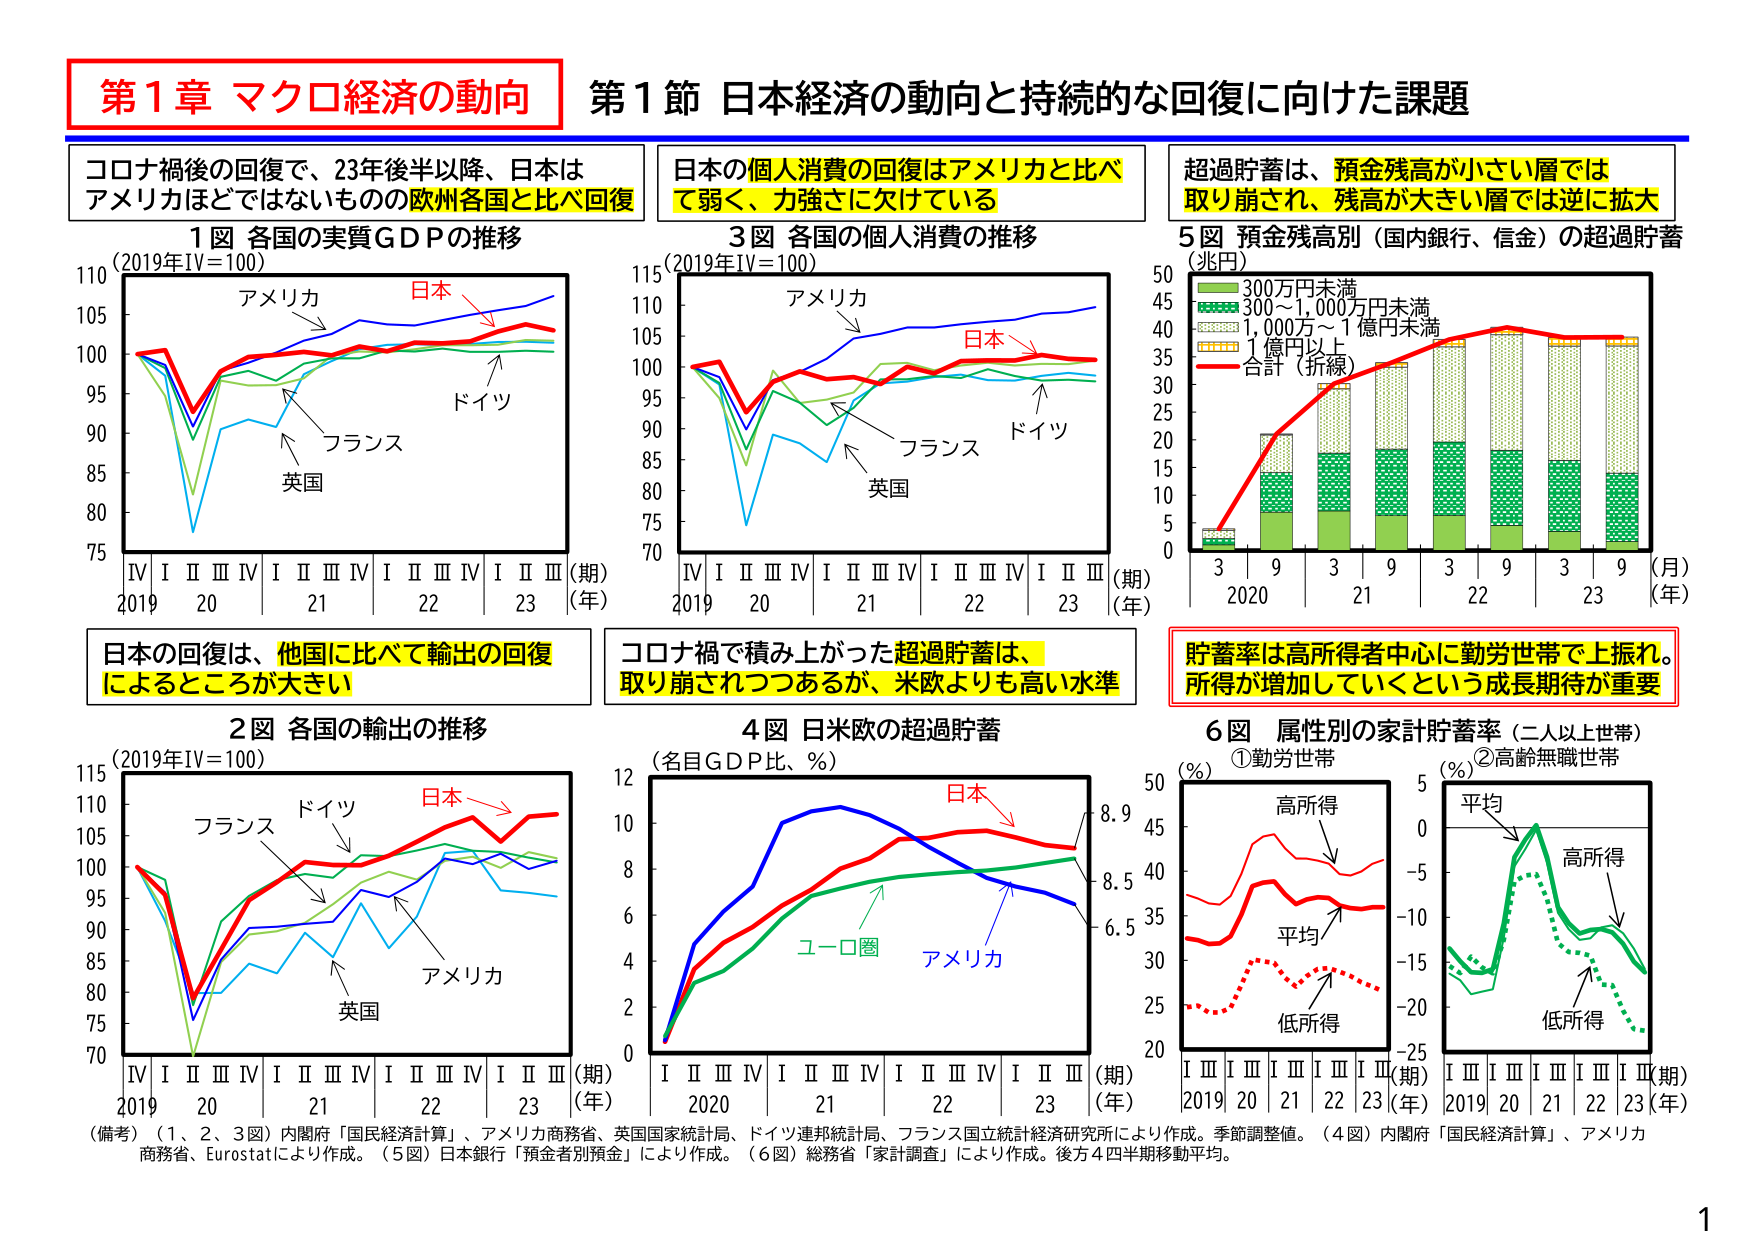
第1章 マクロ経済の動向
第1節 日本経済の動向と持続的な回復に向けた課題

コロナ禍後の回復で、23年後半以降、日本はアメリカほどではないものの欧州各国と比べ回復

1図 各国の実質GDPの推移
（2019年IV=100）
アメリカ
日本
ドイツ
フランス
英国
IV I II III IV I II III IV I II III
2019 20 21 22 23 （期）（年）

日本の個人消費の回復はアメリカと比べて弱く、力強さに欠けている

3図 各国の個人消費の推移
（2019年IV=100）
アメリカ
日本
ドイツ
フランス
英国
IV I II III IV I II III IV I II III
2019 20 21 22 23 （期）（年）

超過貯蓄は、預金残高が小さい層では取り崩され、残高が大きい層では逆に拡大

5図 預金残高別（国内銀行、信金）の超過貯蓄（兆円）
300万円未満
300～1,000万円未満
1,000万～1億円未満
1億円以上
合計（折線）
3 9 3 9 3 9 3 9
2020 21 22 23 （月）（年）

日本の回復は、他国に比べて輸出の回復によるところが大きい

2図 各国の輸出の推移
（2019年IV=100）
フランス
ドイツ
日本
アメリカ
英国
IV I II III IV I II III IV I II III
2019 20 21 22 23 （期）（年）

コロナ禍で積み上がった超過貯蓄は、取り崩されつつあるが、米欧よりも高い水準

4図 日米欧の超過貯蓄
（名目GDP比、％）
日本
ユーロ圏
アメリカ
I II III IV I II III IV I II III IV I II III
2020 21 22 23 （期）（年）
8.9
8.5
6.5

貯蓄率は高所得者中心に勤労世帯で上振れ。所得が増加していくという成長期待が重要

6図 属性別の家計貯蓄率（二人以上世帯）
①勤労世帯
（％）
高所得
平均
低所得
I II III I II III I II III I II III
2019 20 21 22 23 （期）（年）
50
45
40
35
30
25
20

②高齢無職世帯
（％）
平均
高所得
低所得
I II III I II III I II III I II III
2019 20 21 22 23 （期）（年）
5
0
-5
-10
-15
-20
-25

（備考）（1、2、3図）内閣府「国民経済計算」、アメリカ商務省、英国国家統計局、ドイツ連邦統計局、フランス国立統計経済研究所により作成。季節調整値。（4図）内閣府「国民経済計算」、アメリカ商務省、Eurostatにより作成。（5図）日本銀行「預金者別預金」により作成。（6図）総務省「家計調査」により作成。後方4四半期移動平均。

1